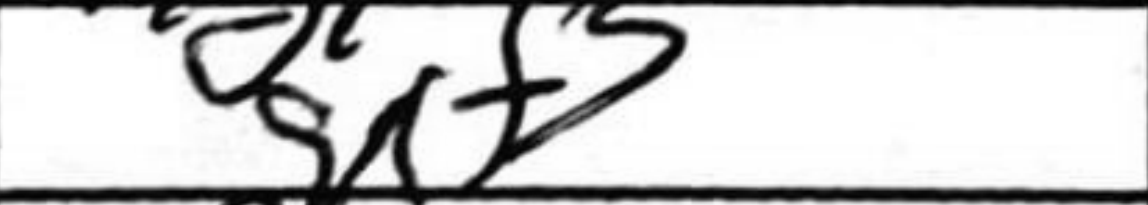
Transcription: gxf3